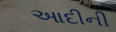
આદીની